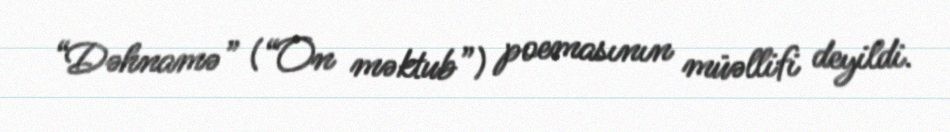
“Dəhnamə” (“On məktub”) poemasının müəllifi deyildi.